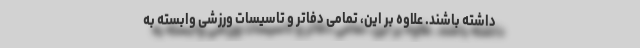
داشته باشند. علاوه بر این، تمامی دفاتر و تاسیسات ورزشی وابسته به